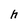
Character: h